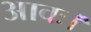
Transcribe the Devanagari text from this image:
आवः।